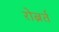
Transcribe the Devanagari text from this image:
रोब्रर्त